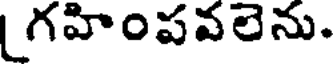
గహింపవలెను.